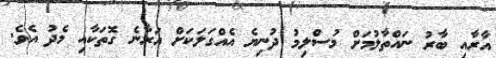
އާރާއި ބާރު ނައްތާލުމަށް މުސްލިމު ދުނިޔެ އެއްގަލަކަށް އަރާނެ ގޮތަކާއި މެދު އެވެ.